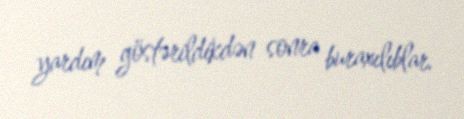
yardım göstərildikdən sonra buraxılıblar.